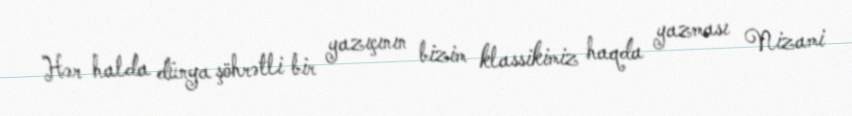
Hər halda dünya şöhrətli bir yazıçının bizim klassikimiz haqda yazması Nizami